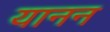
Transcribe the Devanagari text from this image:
यानन